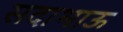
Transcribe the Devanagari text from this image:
सदाभाऊ